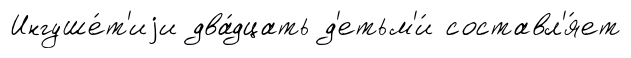
Ингуше́т'иjи два́дцать д'етьм'и́ составл'я́ет